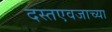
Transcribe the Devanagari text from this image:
दस्तएवजाच्या